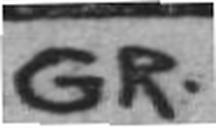
GR.